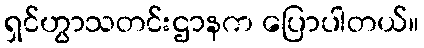
ရှင်ဟွာသတင်းဌာနက ပြောပါတယ်။